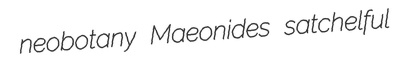
neobotany Maeonides satchelful